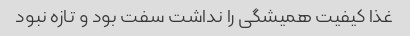
غذا کیفیت همیشگی را نداشت سفت بود و تازه نبود